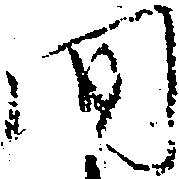
間